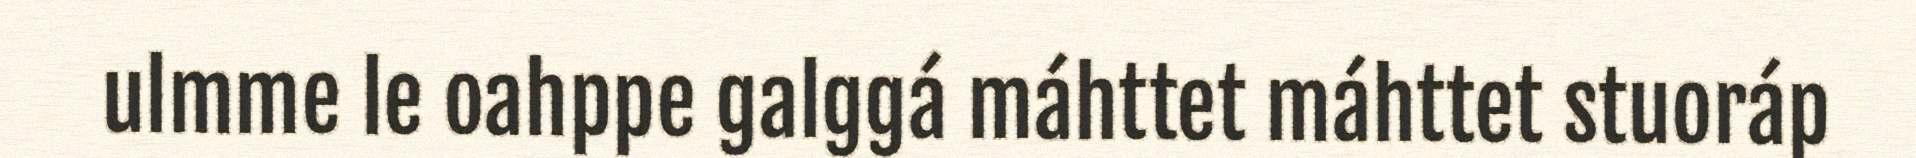
ulmme le oahppe galggá máhttet máhttet stuoráp